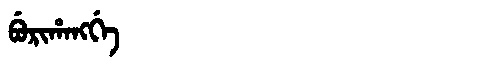
Manchu: ᠪᡠᡵᡳᡥᠠᠩᡤᡝ
Romanization: BURIHANGGE